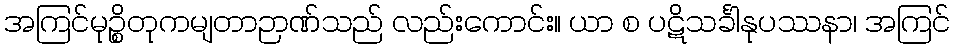
အကြင်မုဉ္စိတုကမျတာဉာဏ်သည် လည်းကောင်း။ ယာ စ ပဋိသင်္ခါနုပဿနာ၊ အကြင်